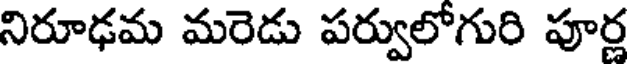
నిరూఢమ మరెడు పర్వులోగురి పూర్ణ